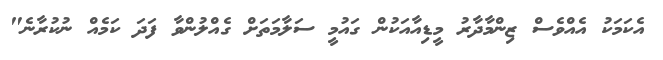
އެކަމަކު އެއްވެސް ޒިންމާދާރު މީޑިއާއަކުން ގައުމީ ސަލާމަތަށް ގެއްލުންވާ ފަދަ ކަމެއް ނުކުރާނެ"